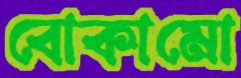
বোকামো